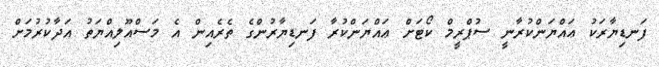
ފަނޑިޔާރަކު ޢައްޔަންކުރާނީ ސުޕްރީމް ކޯޓަށް ޢައްޔަންކުރާ ފަނޑިޔާރުންގެ ތެރެއިން އެ މަސްއޫލިއްޔަތު އަދާކުރުމަށް